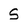
Character: s